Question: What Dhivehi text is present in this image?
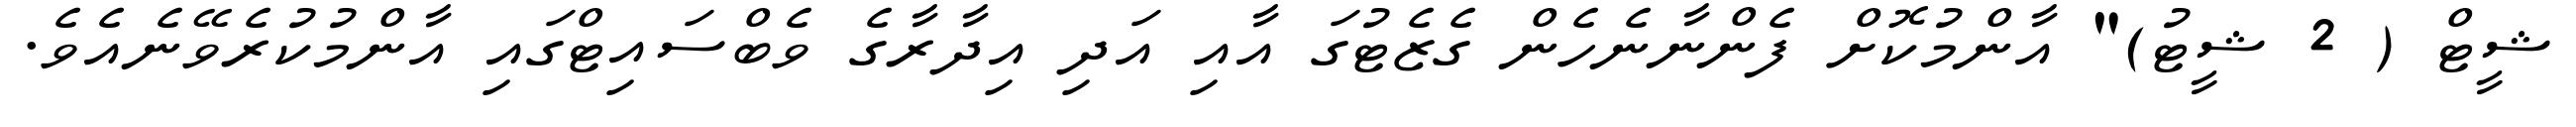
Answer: ޝީޓް ( 2 ޝީޓު)" އާންމުކޮށް ފެންނާނެހެން ގެޒެޓުގަ އާއި އަދި އިދާރާގެ ވެބްސައިޓްގައި އާންމުކުރެވޭނެއެވެ.